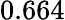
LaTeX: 0.664